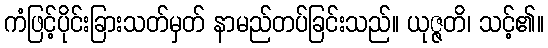
ကံဖြင့်ပိုင်းခြားသတ်မှတ် နာမည်တပ်ခြင်းသည်။ ယုဇ္ဇတိ၊ သင့်၏။